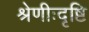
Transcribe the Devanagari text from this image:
श्रेणीःदृष्टि